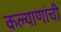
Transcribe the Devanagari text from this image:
कल्याणांची